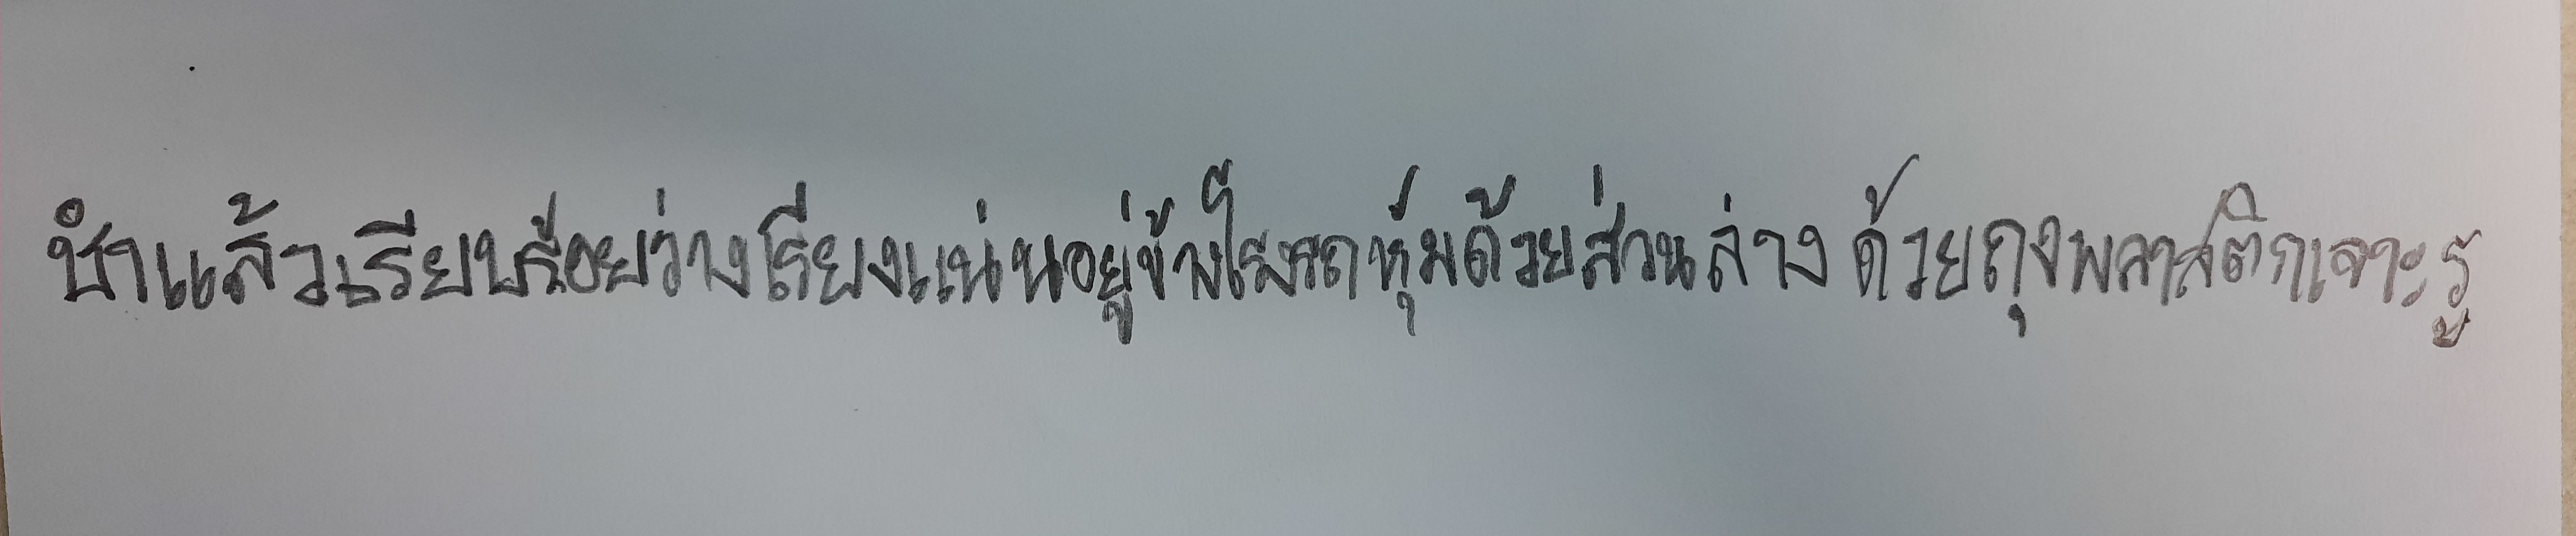
ชำแล้วเรียบร้อยว่างเรียงแน่นอยู่ข้างโรงรถหุ้มส่วนล่างด้วยถุงพลาสติกเจาะรู